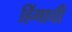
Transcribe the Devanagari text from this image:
हिंगाची